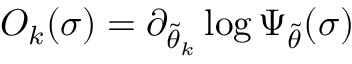
O _ { k } ( \sigma ) = \partial _ { \Tilde { \theta } _ { k } } \log \Psi _ { \Tilde { \theta } } ( \sigma )